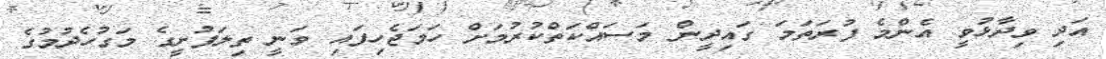
އަދި ވިދާޅުވީ އެންމެ ފުރަތަމަ ގައިދީން މަސައްކަތްކުރުމަށް ހަމަޖެހިފައި ވަނީ ތިލަފުށީގެ މަގުހެދުމުގެ